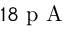
1 8 \mathrm { ~ p ~ A ~ }